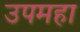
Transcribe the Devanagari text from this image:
उपमहा